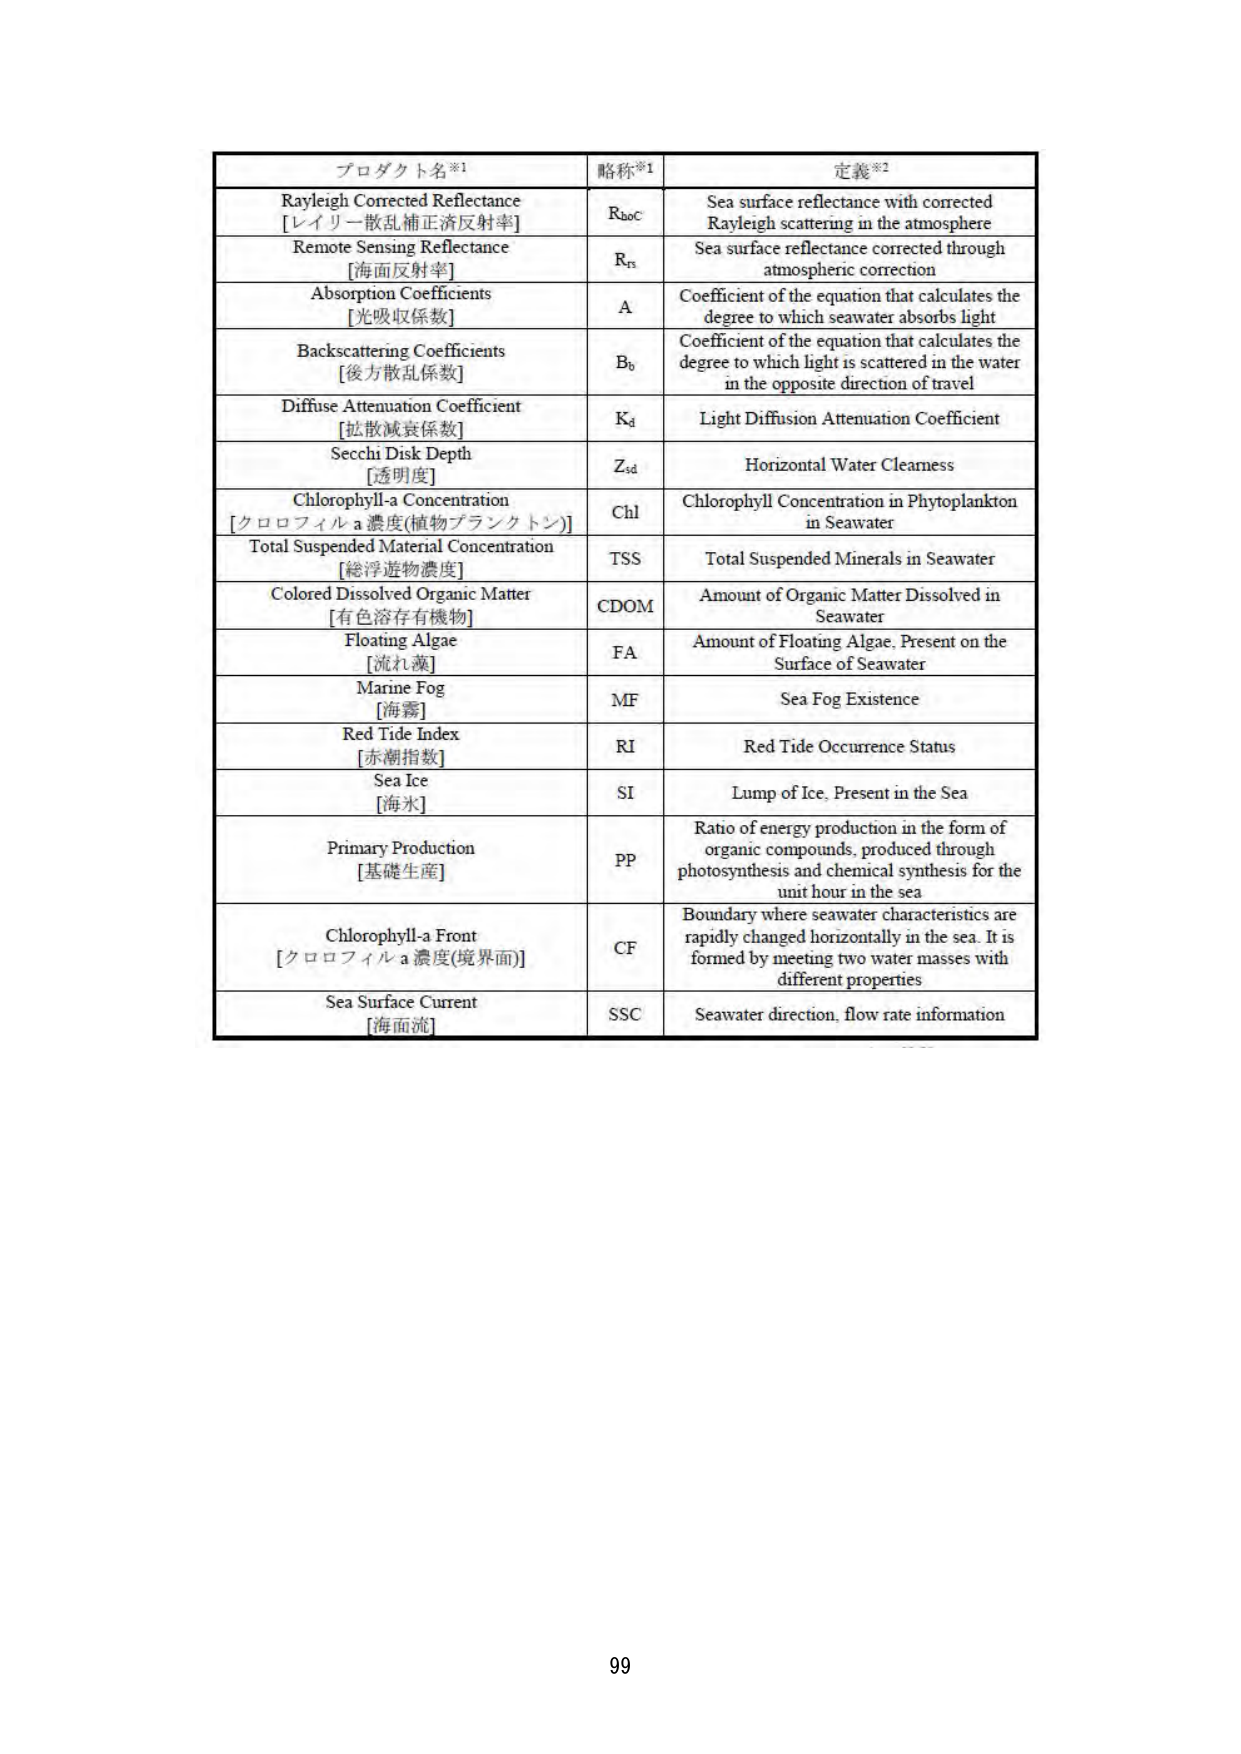
プロダクト名※1	略称※1	定義※2
Rayleigh Corrected Reflectance [レイリー散乱補正済反射率]	Rboc	Sea surface reflectance with corrected Rayleigh scattering in the atmosphere
Remote Sensing Reflectance [海面反射率]	Rrs	Sea surface reflectance corrected through atmospheric correction
Absorption Coefficients [光吸収係数]	A	Coefficient of the equation that calculates the degree to which seawater absorbs light
Backscattering Coefficients [後方散乱係数]	Bb	Coefficient of the equation that calculates the degree to which light is scattered in the water in the opposite direction of travel
Diffuse Attenuation Coefficient [拡散減衰係数]	Kd	Light Diffusion Attenuation Coefficient
Secchi Disk Depth [透明度]	Zsd	Horizontal Water Cleanness
Chlorophyll-a Concentration [クロロフィルa濃度(植物プランクトン)]	Chl	Chlorophyll Concentration in Phytoplankton in Seawater
Total Suspended Material Concentration [総浮遊物濃度]	TSS	Total Suspended Minerals in Seawater
Colored Dissolved Organic Matter [有色溶存有機物]	CDOM	Amount of Organic Matter Dissolved in Seawater
Floating Algae [流れ藻]	FA	Amount of Floating Algae, Present on the Surface of Seawater
Marine Fog [海霧]	MF	Sea Fog Existence
Red Tide Index [赤潮指数]	RI	Red Tide Occurrence Status
Sea Ice [海氷]	SI	Lump of Ice, Present in the Sea
Primary Production [基礎生産]	PP	Ratio of energy production in the form of organic compounds, produced through photosynthesis and chemical synthesis for the unit hour in the sea
Chlorophyll-a Front [クロロフィルa濃度(境界面)]	CF	Boundary where seawater characteristics are rapidly changed horizontally in the sea. It is formed by meeting two water masses with different properties
Sea Surface Current [海面流]	SSC	Seawater direction, flow rate information
99